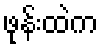
ဖုန်းထဲက